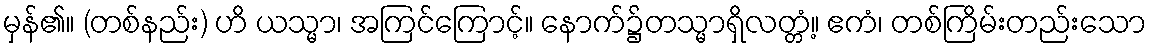
မှန်၏။ (တစ်နည်း) ဟိ ယသ္မာ၊ အကြင်ကြောင့်။ နောက်၌တသ္မာရှိလတ္တံ့။ ဧကံ၊ တစ်ကြိမ်းတည်းသော